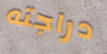
دراجته